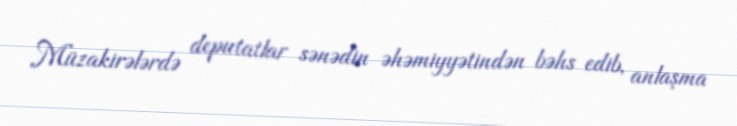
Müzakirələrdə deputatlar sənədin əhəmiyyətindən bəhs edib, anlaşma